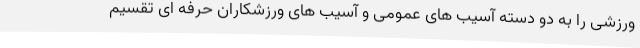
ورزشی را به دو دسته آسیب های عمومی و آسیب های ورزشکاران حرفه ای تقسیم